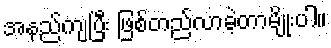
အနည်ကျပြီး ဖြစ်တည်လာခဲ့တာမျိုးပါ။